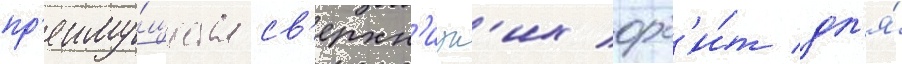
пр'еиму́щества св'ерхн'изк'их орб'и́т дл'я́